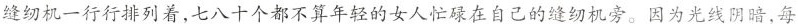
缝纫机一行行排列着，七八十个都不算年轻的女人忙碌在自己的缝纫机旁。因为光线阴暗，每